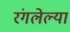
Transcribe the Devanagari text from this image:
रंगलेल्या